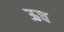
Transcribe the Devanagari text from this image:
ऊच